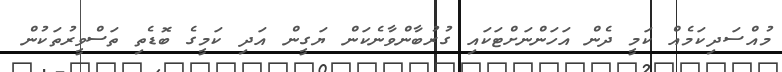
މުއްސަދިކަމެއް ކަމީ ދެން އަހަންނަށްޓަކައި ގުރުބާންވާނެކަން ޔަގީން އަދި ކަމީގެ ބޮޑެތި ތަސްވީރުތަކުން